Relation of titanus [i.e. tetanus] to the hypodermic or intramuscular injection of quinine - Number 43
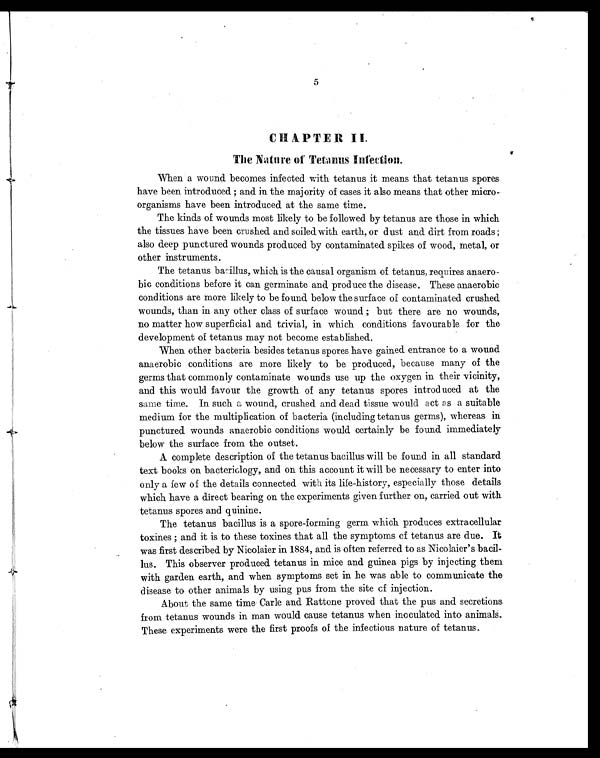
5
CHAPTER II.
The Nature of Tetanus Infection.
When a wound becomes infected with tetanus it means that tetanus spores
have been introduced ; and in the majority of cases it also means that other micro-
organisms have been introduced at the same time.
The kinds of wounds most likely to be followed by tetanus are those in which
the tissues have been crushed and soiled with earth, or dust and dirt from roads;
also deep punctured wounds produced by contaminated spikes of wood, metal, or
other instruments.
The tetanus bacillus, which is the causal organism of tetanus, requires anaero-
bic conditions before it can germinate and produce the disease. These anaerobic
conditions are more likely to be found below the surface of contaminated crushed
wounds, than in any other class of surface wound ; but there are no wounds,
no matter how superficial and trivial, in which conditions favourable for the
development of tetanus may not become established.
When other bacteria besides tetanus spores have gained entrance to a wound
anaerobic conditions are more likely to be produced, because many of the
germs that commonly contaminate wounds use up the oxygen in their vicinity,
and this would favour the growth of any tetanus spores introduced at the
same time. In such a wound, crushed and dead tissue would act a s a suitable
medium for the multiplication of bacteria (including tetanus germs), whereas in
punctured wounds anaerobic conditions would certainly be found immediately
below the surface from the outset.
A complete description of the tetanus bacillus will be found in all standard
text books on bacteriology, and on this account it will be necessary to enter into
only a few of the details connected with its life-history, especially those details
which have a direct bearing on the experiments given further on, carried out with
tetanus spores and quinine.
The tetanus bacillus is a spore-forming germ which produces extracellular
toxines ; and it is to these toxines that all the symptoms of tetanus are due. It
was first described by Nicolaier in 1884, and is often referred to as Nicolaier's bacil-
lus. This observer produced tetanus in mice and guinea pigs by injecting them
with garden earth, and when symptoms set in he was able to communicate the
disease to other animals by using pus from the site cf injection.
About the same time Carle and Rattone proved that the pus and secretions
from tetanus wounds in man would cause tetanus when inoculated into animals.
These experiments were the first proofs of the infectious nature of tetanus.